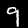
Digit: 9